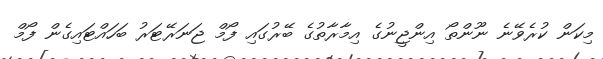
މިކަން ކުރެވޭނެ ނޫންތޯ އިންޖީނުގެ އިމާރާތުގެ ބޭރުގައި ފޯމް ޖަނަރޭޓަރު ބަހައްޓައިގެން ފޯމް